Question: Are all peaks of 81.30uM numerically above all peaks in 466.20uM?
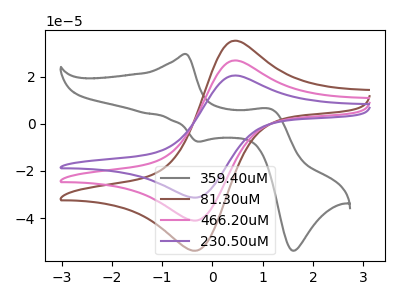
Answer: <think>The gray curve "359.40uM" has anodic peaks at (-0.50V, 29.60uA) (1.15V, 6.30uA) and cathodic peaks at (-0.30V, -7.50uA) (1.60V, -53.80uA). The brown curve "81.30uM" has an anodic peak at (0.40V, 35.05uA) and a cathodic peak at (-0.35V, -53.85uA). The pink curve "466.20uM" has an anodic peak at (0.40V, 26.75uA) and a cathodic peak at (-0.35V, -41.05uA). The purple curve "230.50uM" has an anodic peak at (0.40V, 53.45uA) and a cathodic peak at (-0.35V, -82.10uA).</think>
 <answer>Every peak in "81.30uM" is higher than every peak in "466.20uM".</answer>
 <eval>higher</eval>